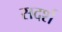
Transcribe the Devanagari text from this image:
सदर्श